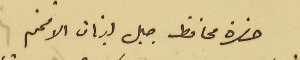
حضرة محافظ جبل لبنان الافخم